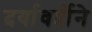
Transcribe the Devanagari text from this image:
दर्यावर्दीने